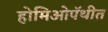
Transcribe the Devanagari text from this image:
होमिओपॅथीत